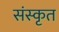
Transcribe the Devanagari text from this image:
संस्‍कृत